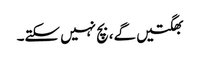
بھگتیں گے، بچ نہیں سکتے۔